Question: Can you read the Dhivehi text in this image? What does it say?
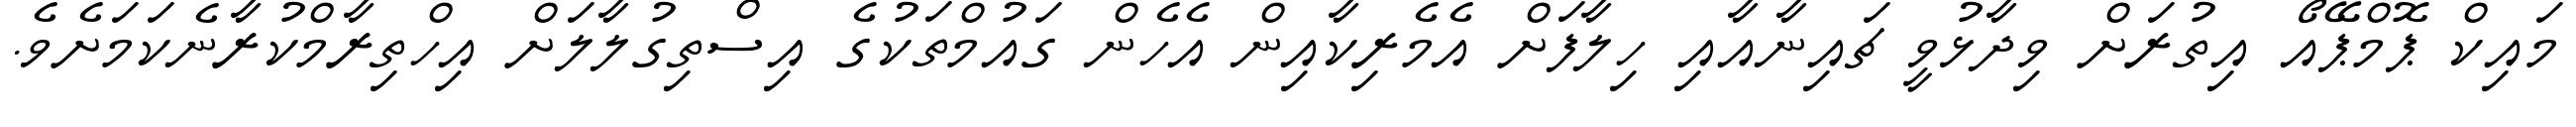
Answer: މައިކް ޕޮމްޕޭއޯ އިތުރަށް ވިދާޅުވީ ޗައިނާއާއި ހިލާފަށް އެމެރިކާއިން އެހެން ގައުމްތަކުގެ އިސްތިގުލާލަށް އިހްތިރާމްކުރާނެކަމަށެވެ.